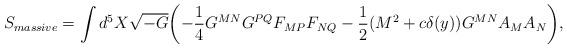
LaTeX: \begin{align*}S_{massive} = \int d^5 X\sqrt{-G}\biggl(-\frac{1}{4}G^{MN}G^{PQ}F_{MP}F_{NQ}-\frac{1}{2}(M^2+c\delta(y))G^{MN}A_M A_N\biggr),\end{align*}